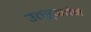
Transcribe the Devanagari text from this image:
उत्सूकतेने